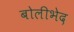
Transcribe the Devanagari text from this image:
बोलीभेद